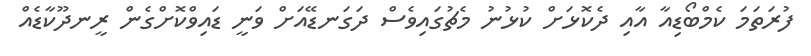
ފުރަތަމަ ކެމްބޯޑިއާ އާއި ދެކޮޅަށް ކުޅުނު މެޗުގައިވެސް ދަގަނޑޭއަށް ވަނީ ޑައިވްކޮށްގެން ރީނދޫކާޑެއް